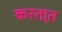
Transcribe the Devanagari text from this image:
करतात़